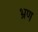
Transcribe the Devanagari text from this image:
भ्रण